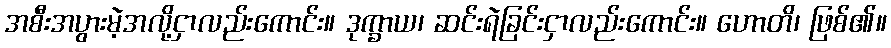
အစီးအပွားမဲ့အလို့ငှာလည်းကောင်း။ ဒုက္ခာယ၊ ဆင်းရဲခြင်းငှာလည်းကောင်း။ ဟောတိ၊ ဖြစ်၏။